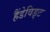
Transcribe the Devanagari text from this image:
हैंडेविड्ट